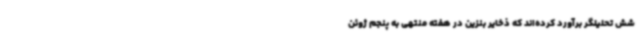
شش تحلیلگر برآورد کرده‌اند که ذخایر بنزین در هفته منتهی به پنجم ژوئن